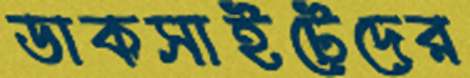
ডাকসাইটেদের